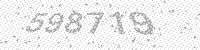
Solution: 598719